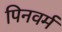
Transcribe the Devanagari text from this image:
पिनवर्म